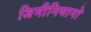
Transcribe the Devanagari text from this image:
जिमीनियानो